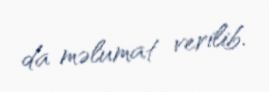
da məlumat verilib.